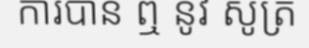
ការបាន ឮ នូវ សូត្រ